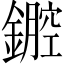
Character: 𨭏